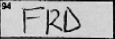
Transcription: FRD